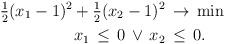
LaTeX: \begin{align*}\tfrac12(x_1-1)^2+\tfrac12(x_2-1)^2&\,\to\,\min\\x_1\,\leq\,0\,\lor\,x_2&\,\leq\,0.\end{align*}